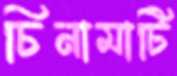
চিনামাটি